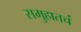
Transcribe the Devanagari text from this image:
समुहातचं